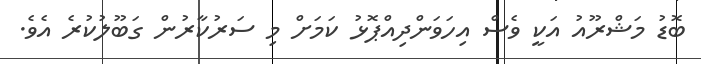
ބޮޑު މަޝްރޫއު އަކީ ވެސް އިހަވަންދިއްޕޮޅު ކަމަށް މި ސަރުކާރުން ގަބޫލުކުރެ އެވެ.